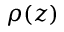
\rho ( z )